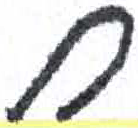
אות: ח